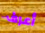
أعرف